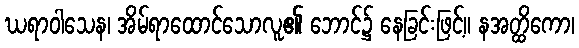
ဃရာဝါသေန၊ အိမ်ရာထောင်သောလူ၏ ဘောင်၌ နေခြင်းဖြင့်။ နအတ္ထိကော၊